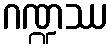
ဂဏ္ဍဿ